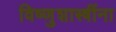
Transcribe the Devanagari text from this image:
विष्णुशास्त्रींना